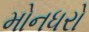
મોનધરો